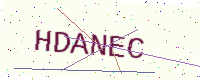
Text: HDANEC